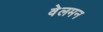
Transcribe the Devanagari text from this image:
वेलमन